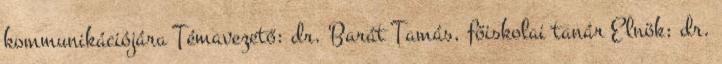
kommunikációjára Témavezető: dr. Barát Tamás, főiskolai tanár Elnök: dr.